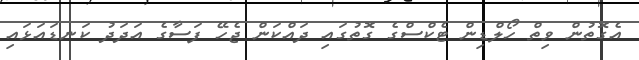
އެގޮތުން ވިތް ހޯލްޑިން ޓެކްސްގެ ގޮތުގައި ދައްކަން ޖެހޭ ފަސާގެ އަދަދު ކަނޑައަޅައި